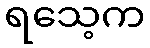
ရသေ့က